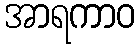
အာရကာဝ